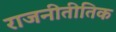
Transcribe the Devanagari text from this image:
राजनीतीतिक